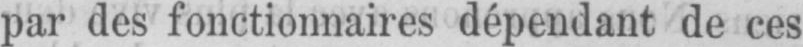
par des fonctionnaires dépendant de ces